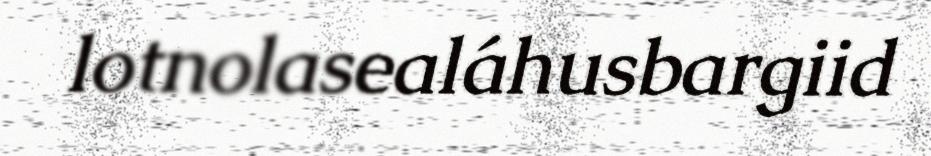
lotnolasealáhusbargiid